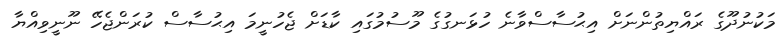
މަކުނުދޫގެ ރައްޔިތުންނަށް އިޙުސާސްވާނެ ހުޅަނގުގެ މޫސުމުގައި ކާޑަށް ޖެހުނީމަ އިޙުސާސް ކުރަންޖެހޭ ނޫނީވިއްޔާ